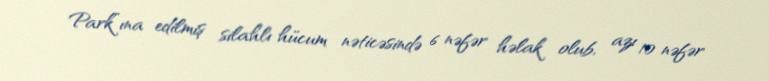
Park”ına edilmiş silahlı hücum nəticəsində 6 nəfər həlak olub, azı 10 nəfər